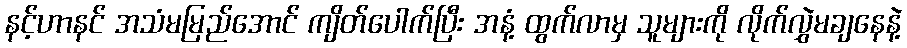
နင့်ဟာနင် အသံမမြည်အောင် ကျိတ်ပေါက်ပြီး အနံ့ ထွက်လာမှ သူများကို လိုက်လွှဲမချနေနဲ့